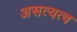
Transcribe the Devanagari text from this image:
असत्यत्व